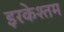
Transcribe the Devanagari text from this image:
इरकेश्तम